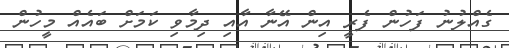
ގެއްލުނު ފަހުން ފެރީ އިން އޭނާ އާއި ދިމާވި ކަމަށް ބައެއް މީހުން